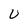
Character: U